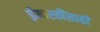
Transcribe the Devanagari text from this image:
ईमारतींसाठी